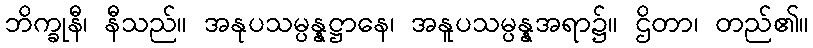
ဘိက္ခုနီ၊ နီသည်။ အနုပသမ္ပန္နဋ္ဌာနေ၊ အနူပသမ္ပန္နအရာ၌။ ဌိတာ၊ တည်၏။